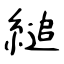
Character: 縋